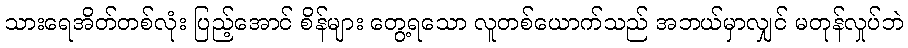
သားရေအိတ်တစ်လုံး ပြည့်အောင် စိန်များ တွေ့ရသော လူတစ်ယောက်သည် အဘယ်မှာလျှင် မတုန်လှုပ်ဘဲ